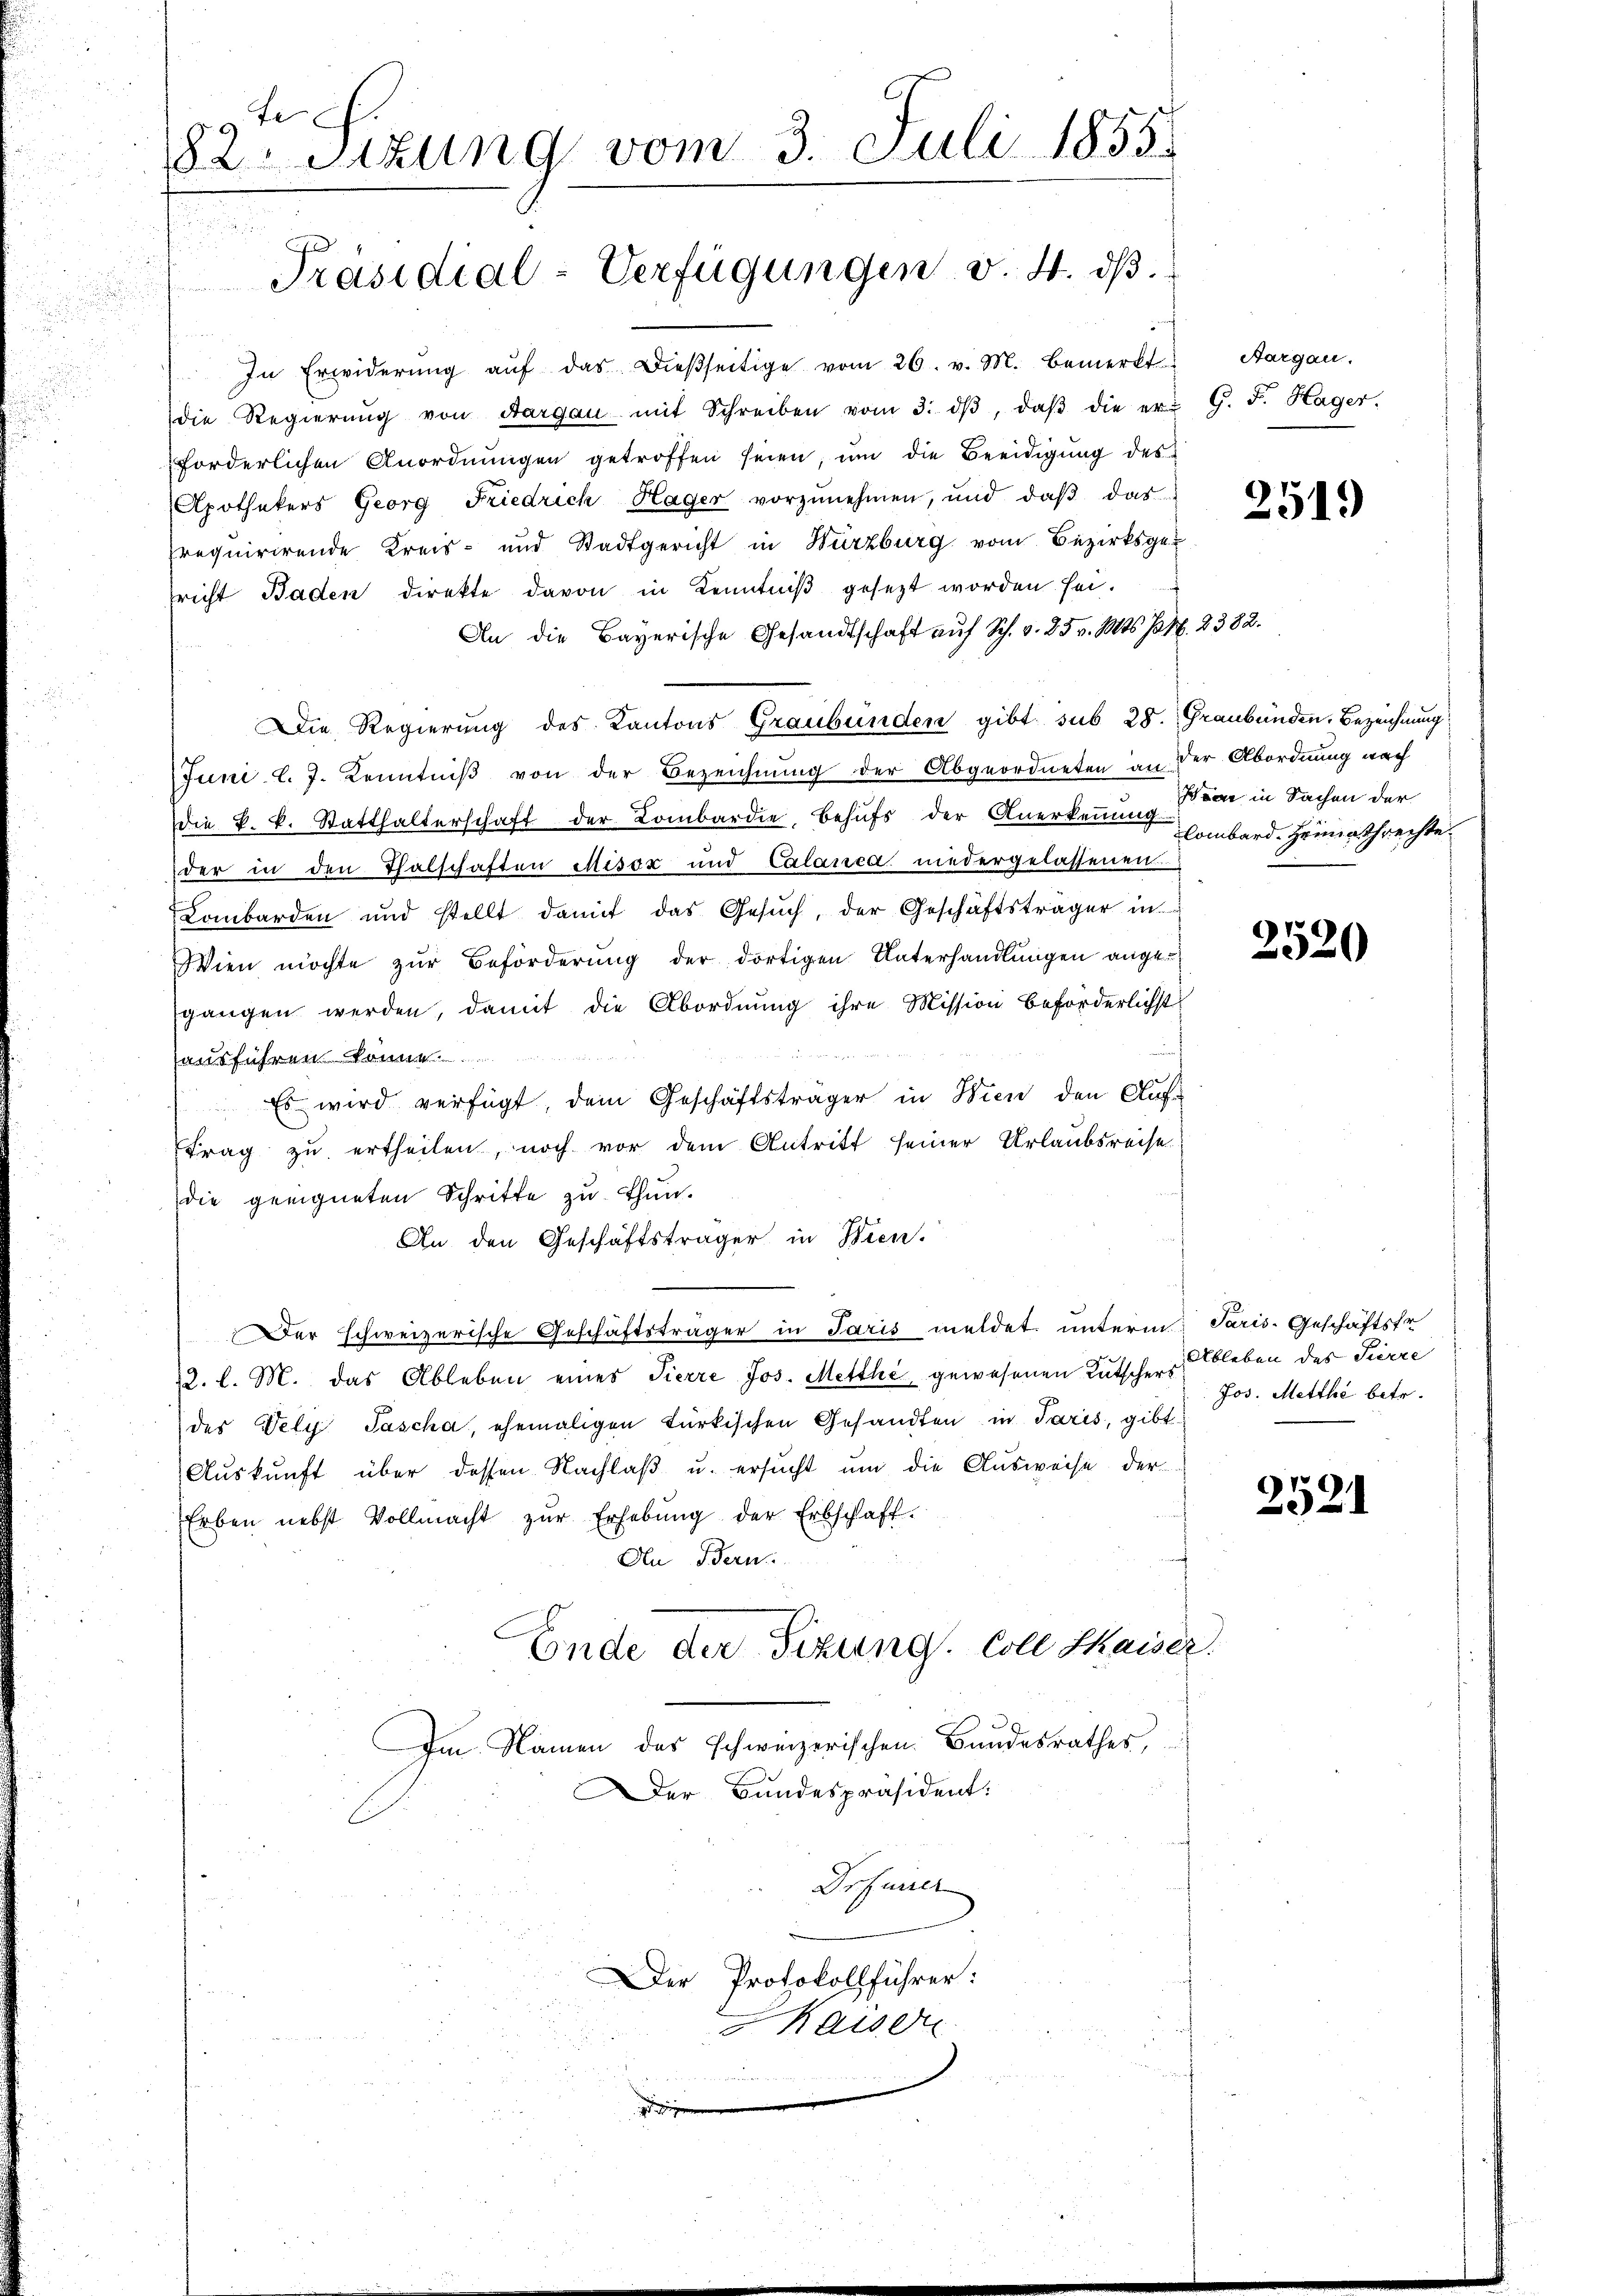
.
82. Sitzung vom 3. Juli 1855.
Präsidial-Verfügungen v. 4. dβ.

In Erwiderŭng aŭf das dießseitige vom 26. v. M. bemerkt Aargau.
die Regierŭng von Aargau mit Schreiben vom 3. dβ, daβ die er G. F. Hager.
forderlichen Anordnungen getroffen seien, um die Beeidigung des
Apothekers Georg Friedrich Hager vorzŭnehmen, und daβ das
requirirende Kreis- und Stadtgericht in Würzburg vom Bezirksgericht Baden direkte davon in Kenntniß gesezt worden sei.
An die Bayerische Gesandtschaft auf Sch. v. 25 v. Mts. pr. 2382.
Die Regierung des Kantons Graubünden gibt sub 28. Graubünden, Bezeichnung
Juni l. J. Kenntniß von der Bezeichnung der Abgeordneten an der Abordnung nach
die k. k. Statthalterschaft der Lombardie, Behufs der Anerkennung von in Sachen der
der in den Thalschaften Misox und Calanca niedergelassenen
Lombarden und stellt damit das Gesŭch, der Geschäftsträger in
Wien möchte zŭr Beförderŭng der dortigen Unterhandlŭngen ange-
gangen werden, damit die Abordnung ihre Mission beförderlichst
ausführen konnt
Es wird verfügt, dem Geschäftsträger in Wien den Auftrag zu ertheilen, noch vor dem Antritt seiner Urlaubsreise
die geeigneten Schritte zu thun.
An den Geschäftsträger in Bien.
Der schweizerische Geschäftsträger in Paris meldet unterm Paris. Geschäftste
12. l. M. das Ableben eines Tierre Jos. Metthi, gewesenen Rutschers Ableben des Furre
des Vely Sascha, ehemaligen türkischen Gesandten in Paris, gibt
Auskunft über dessen Nachlaß u. ersucht um die Ausweise der
Erben nebst Vollmacht zŭr Erhebŭng der Erbschaft.
In Bern
Ende der Sizung. Coll Kaiser.
Im Namen des schweizerischen Bundesrathes,
Der Bundespräsident:
Drfurrer

Der Protokollführer:
haisen

g

vortritte aber der unters in der Wochen den

2519

lombard. Heimathrechte.

Jos. Metthé betr.

2521